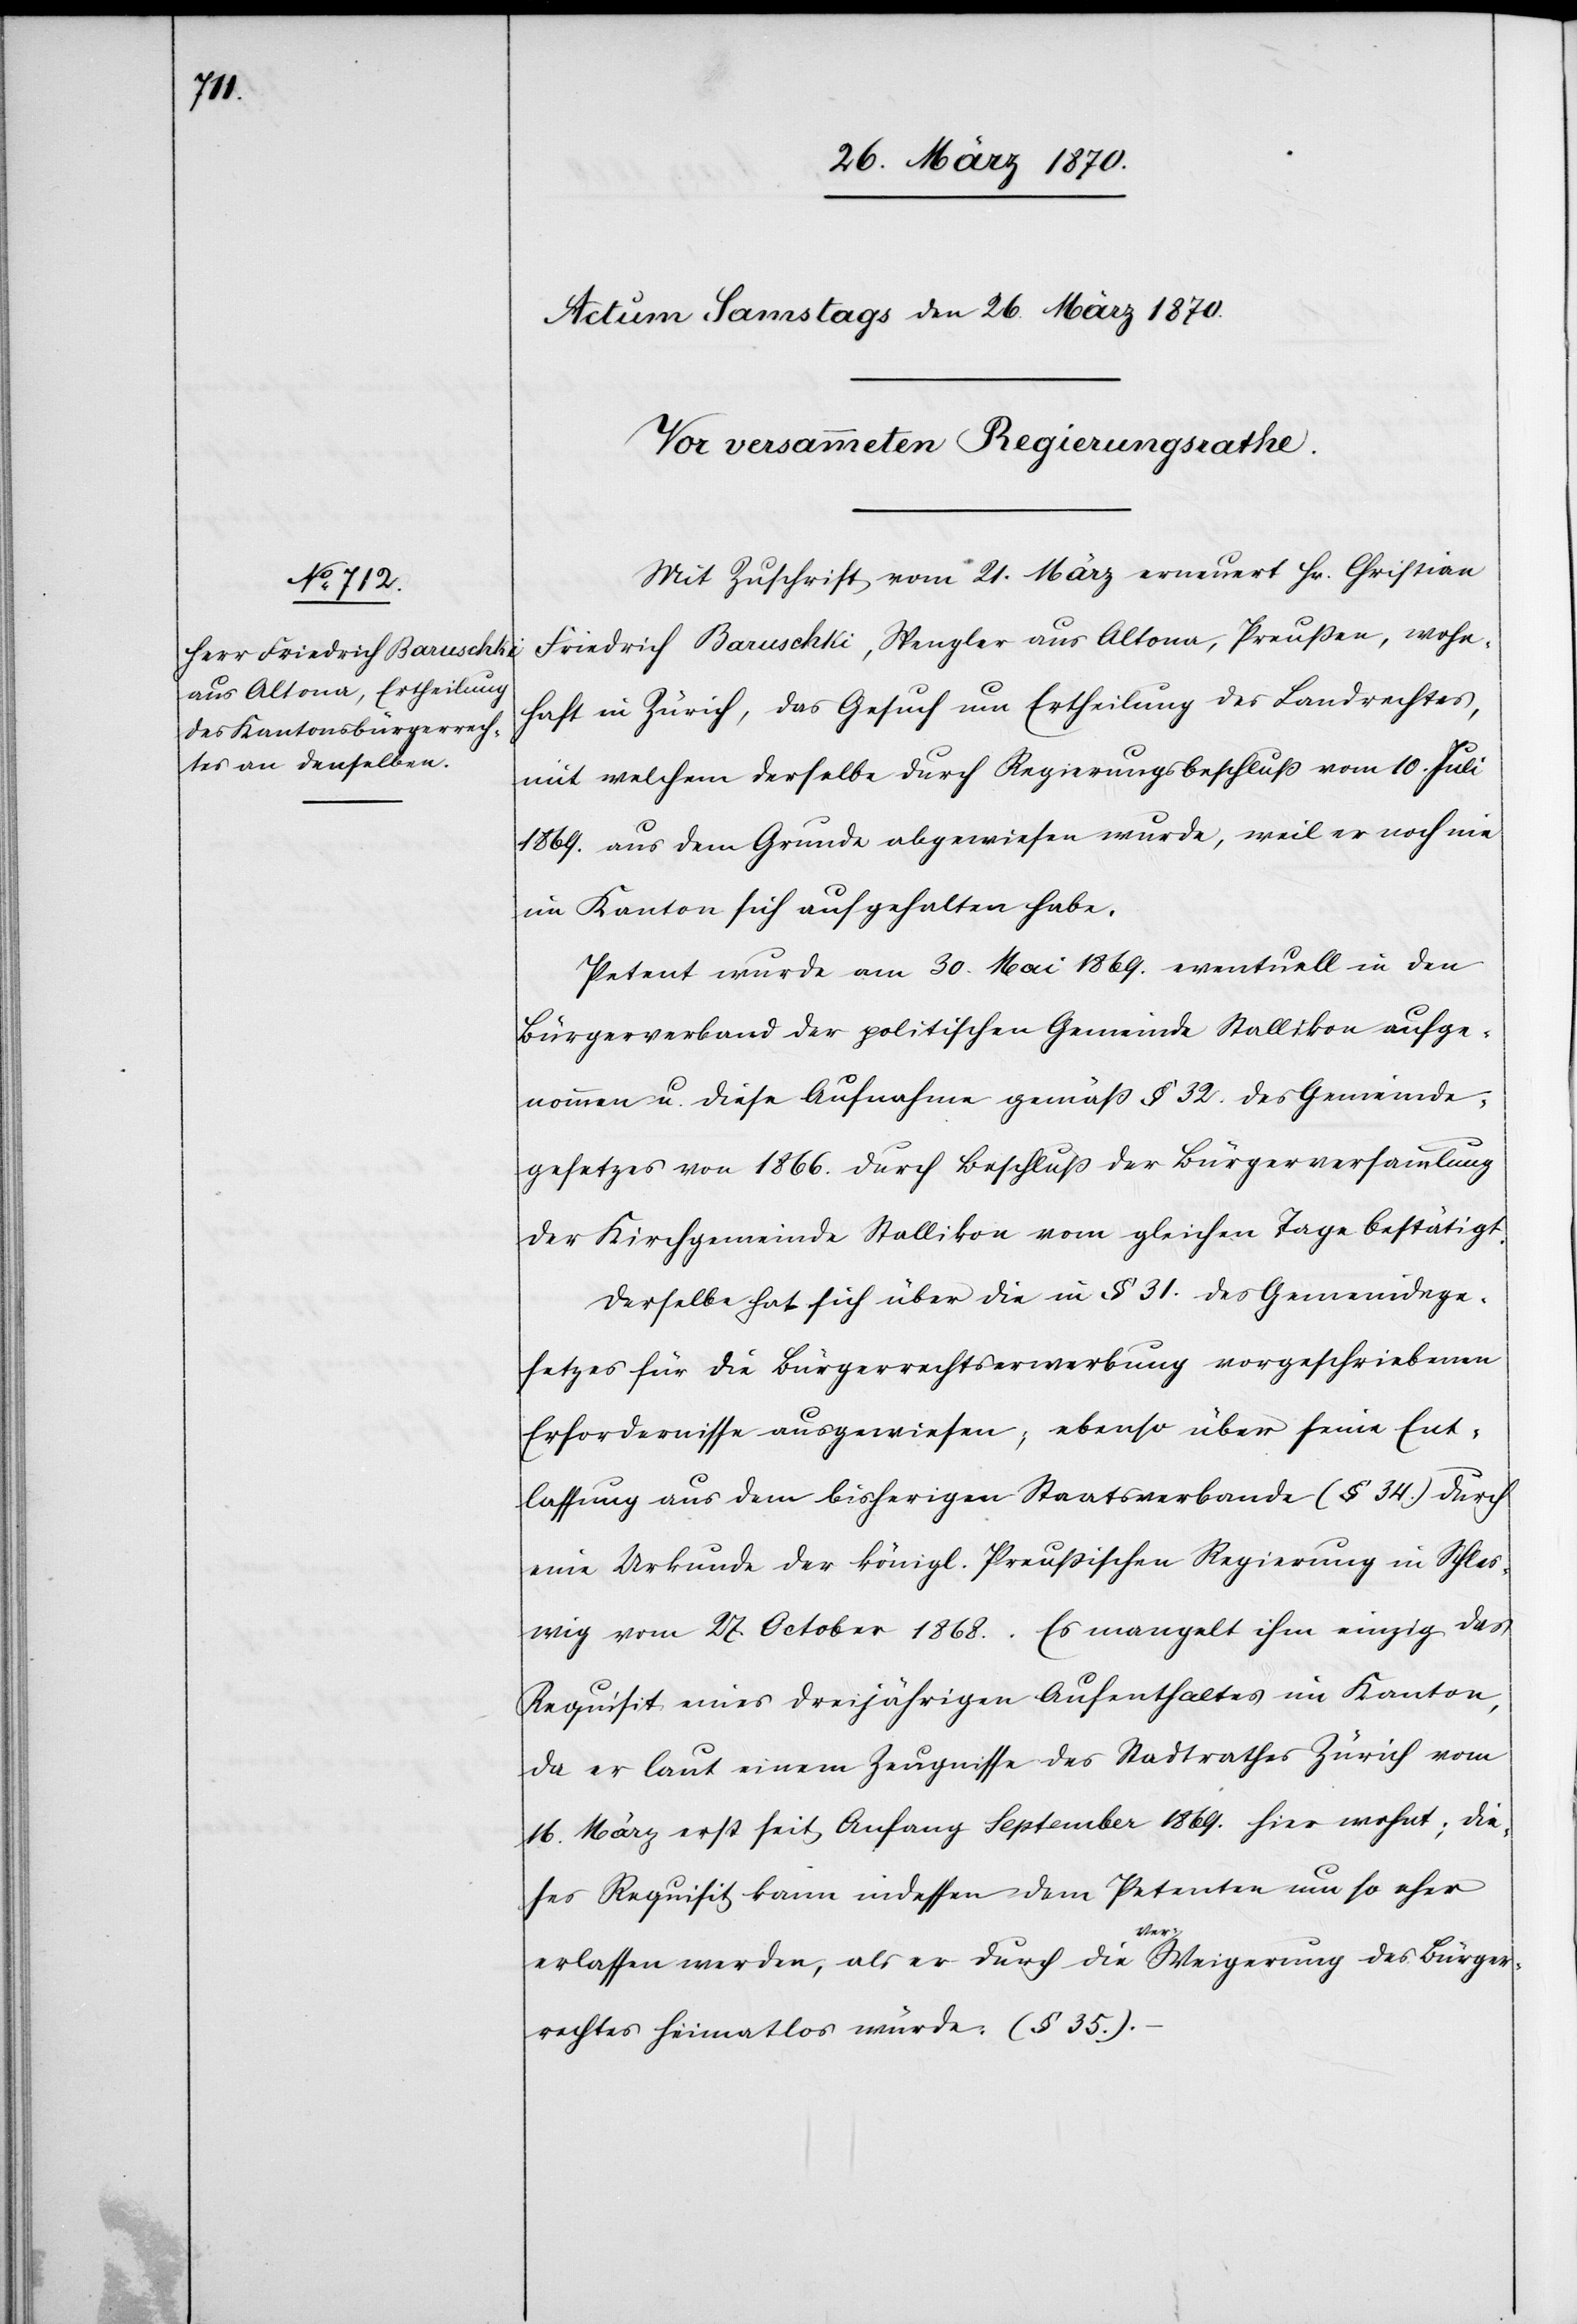
Mit Zuschrift vom 21. März erneuert Hr. Christian
Friedrich Baruschki, Spengler aus Altona, Preußen, wohn¬
haft in Zürich, das Gesuch um Ertheilung des Landrechtes,
mit welchem derselbe durch Regierungsbeschluß vom 10. Juli
1869. aus dem Grunde abgewiesen wurde, weil er noch nie
im Kanton sich aufgehalten habe.
Petent wurde am 30. Mai 1869 eventuell in den
Bürgerverband der politischen Gemeinde Stallikon aufge¬
nommen u. diese Aufnahme gemäß § 32. des Gemeinde¬
gesetzes von 1866. durch Beschluß der Bürgerversammlung
der Kirchgemeinde Stallikon vom gleichen Tage bestätigt.
Derselbe hat sich über die in § 31. des Gemeindege¬
setzes für die Bürgerrechtserwerbung vorgeschriebenen
Erfordernisse ausgewiesen, ebenso über seine Ent¬
lassung aus dem bisherigen Staatsverbande (§ 34.) durch
eine Urkunde der königl. Preußischen Regierung in Schles¬
wig vom 27 October 1868. Es mangelt ihm einzig das
Requisit eines dreijährigen Aufenthaltes im Kanton,
da er laut einem Zeugnisse des Stadtrathes Zürich vom
16. März erst seit Anfang September 1869. hier wohnt; die¬
ses Requisit kann indessen dem Petenten um so eher
erlassen werden, als er durch die a-Ver-aWeigerung des Bürger¬
rechtes heimatlos würde. (§ 35.).